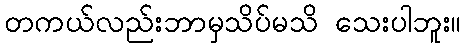
တကယ်လည်းဘာမှသိပ်မသိ သေးပါဘူး။